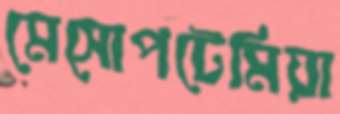
মেসোপটেমিয়া